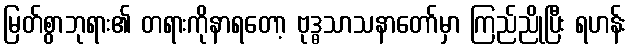
မြတ်စွာဘုရား၏ တရားကိုနာရတော့ ဗုဒ္ဓသာသနာတော်မှာ ကြည်ညိုပြီး ရဟန်း